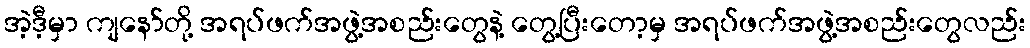
အဲ့ဒီ့မှာ ကျနော်တို့ အရပ်ဖက်အဖွဲ့အစည်းတွေနဲ့ တွေ့ပြီးတော့မှ အရပ်ဖက်အဖွဲ့အစည်းတွေလည်း